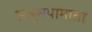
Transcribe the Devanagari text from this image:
अनुसयामाता